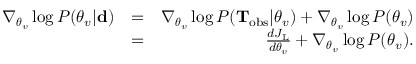
\begin{array} { r l r } { \nabla _ { \boldsymbol { \theta } _ { v } } \log P ( \boldsymbol { \theta } _ { v } | { \bf d } ) } & { = } & { \nabla _ { \boldsymbol { \theta } _ { v } } \log P ( \mathbf { T } _ { \mathrm { o b s } } | \boldsymbol { \theta } _ { v } ) + \nabla _ { \boldsymbol { \theta } _ { v } } \log P ( \boldsymbol { \theta } _ { v } ) } \\ & { = } & { \frac { d J _ { \mathrm { L } } } { d \boldsymbol { \theta } _ { v } } + \nabla _ { \boldsymbol { \theta } _ { v } } \log P ( \boldsymbol { \theta } _ { v } ) . } \end{array}